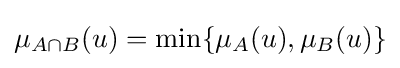
\mu _{A\cap B}(u)=\min\{\mu _{A}(u),\mu _{B}(u)\}